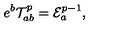
e ^ { b } { \cal T } _ { a b } ^ { p } = { \cal E } _ { a } ^ { p - 1 } ,